Mental hospitals Bombay report 1921-28 - 1921-1928
Year: 1921
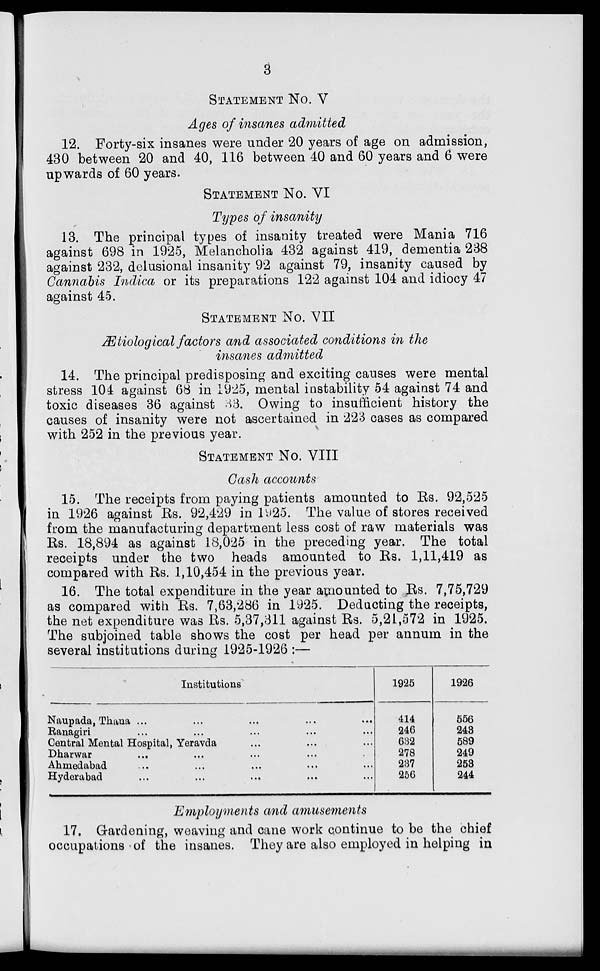
3
STATEMENT No. V
Ages of insanes admitted
12. Forty-six insanes were under 20 years of age on admission,
430 between 20 and 40, 116 between 40 and 60 years and 6 were
upwards of 60 years.
STATEMENT No. VI
Types of insanity
13. The principal types of insanity treated were Mania 716
against 698 in 1925, Melancholia 432 against 419, dementia 238
against 232, delusional insanity 92 against 79, insanity caused by
Cannabis Indica or its preparations 122 against 104 and idiocy 47
against 45.
STATEMENT No. VII
Ætiological factors and associated conditions in the
insanes admitted
14. The principal predisposing and exciting causes were mental
stress 104 against 68 in 1925, mental instability 54 against 74 and
toxic diseases 36 against 33. Owing to insufficient history the
causes of insanity were not ascertained in 223 cases as compared
with 252 in the previous year.
STATEMENT No. VIII
Cash accounts
15. The receipts from paying patients amounted to Rs. 92,525
in 1926 against Rs. 92,429 in 1925. The value of stores received
from the manufacturing department less cost of raw materials was
Rs. 18,894 as against 18,025 in the preceding year. The total
receipts under the two heads amounted to Rs. 1,11,419 as
compared with Rs. 1,10,454 in the previous year.
16. The total expenditure in the year amounted to Rs. 7,75,729
as compared with Rs. 7,63,286 in 1925. Deducting the receipts,
the net expenditure was Rs. 5,37,311 against Rs. 5,21,572 in 1925.
The subjoined table shows the cost per head per annum in the
several institutions during 1925-1926 :—
Institutions
Naupada, Thana ... ... ... ... ...
Ratnagiri ... ... ... ... ...
Central Mental Hospital, Yeravda ... ... ...
Dharwar ... ... ... ... ...
Ahmedabad ... ... ... ... ...
Hyderabad ... ... ... ... ...
1925
414
246
632
278
237
256
1926
556
243
589
249
253
244
Employments and amusements
17. Gardening, weaving and cane work continue to be the chief
occupations of the insanes. They are also employed in helping in